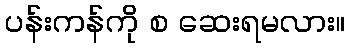
ပန်းကန်ကို စ ဆေးရမလား။